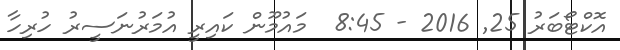
އޮކްޓޯބަރު 25